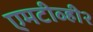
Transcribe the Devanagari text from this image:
एमटीव्ही२